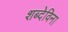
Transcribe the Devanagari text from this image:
शब्देविना